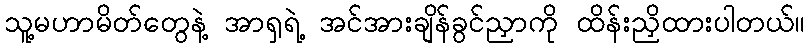
သူ့မဟာမိတ်တွေနဲ့ အာရှရဲ့ အင်အားချိန်ခွင်ညှာကို ထိန်းညှိထားပါတယ်။